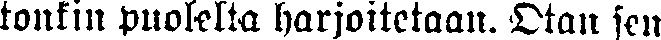
tonkin puolelta harjoitetaan. Otan sen